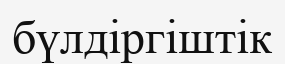
бүлдіргіштік